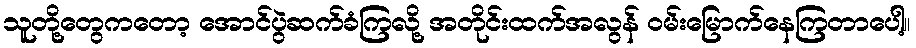
သူတို့တွေကတော့ အောင်ပွဲဆက်ခံကြလို့ အတိုင်းထက်အလွန် ဝမ်းမြောက်နေကြတာပေါ့။